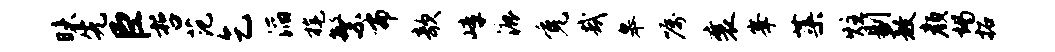
昧先臣哲范乞滔旄繁布欹嶂漉免哉皋嘱襄峰蕖炷剔敖颜竭拓